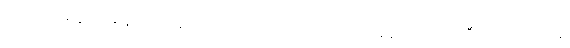
မသတ်ကြရန် တားမြစ်သောကြောင့် ဘုရားလောင်းမင်းအား ရန်မူလာသော ဘီလူးအကြောင်း။